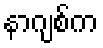
နာဂျစ်က